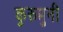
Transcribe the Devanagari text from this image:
कुरुमुनी